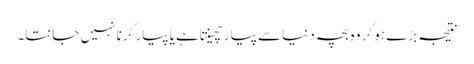
نتیجہ بڑے ہو کر وہ بچہ دنیا سے پیار چھینتا ہے یا پیار کرنا نہیں جانتا۔